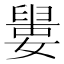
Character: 𡡋